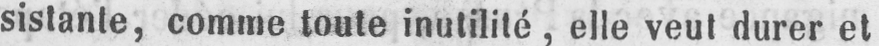
sistante, comme toute inutilité, elle veut durer et